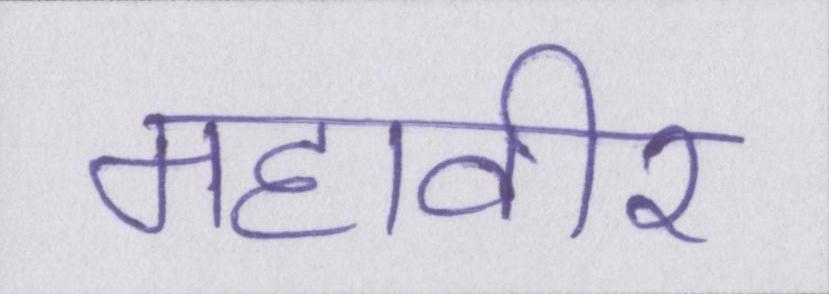
महावीर